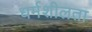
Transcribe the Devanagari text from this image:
धर्मशीलता